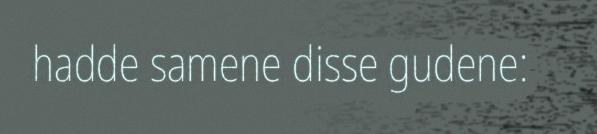
hadde samene disse gudene: